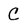
Character: C